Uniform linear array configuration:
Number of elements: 8
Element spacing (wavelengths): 0.75
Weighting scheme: cosine
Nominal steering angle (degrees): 30
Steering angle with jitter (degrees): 29.893
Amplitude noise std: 0.05
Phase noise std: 0.05

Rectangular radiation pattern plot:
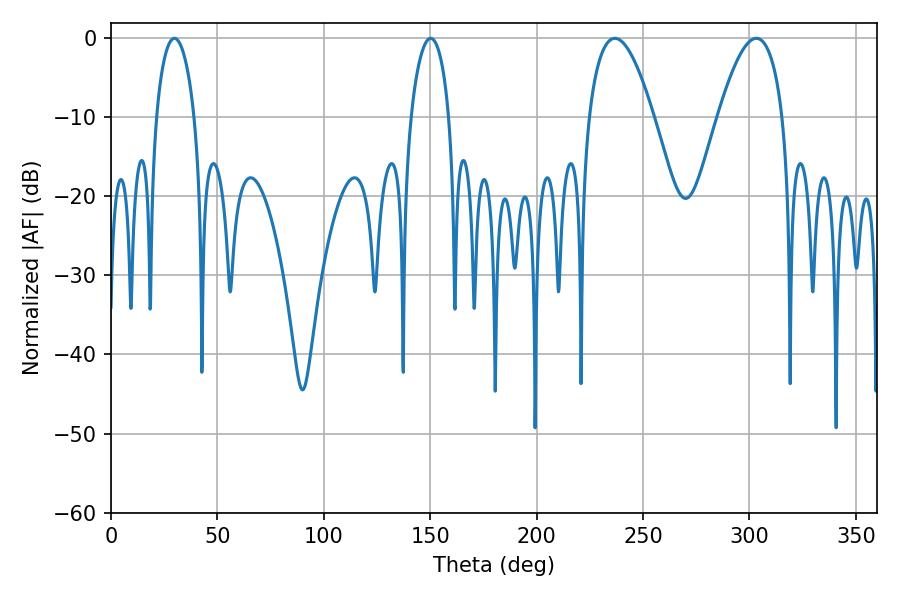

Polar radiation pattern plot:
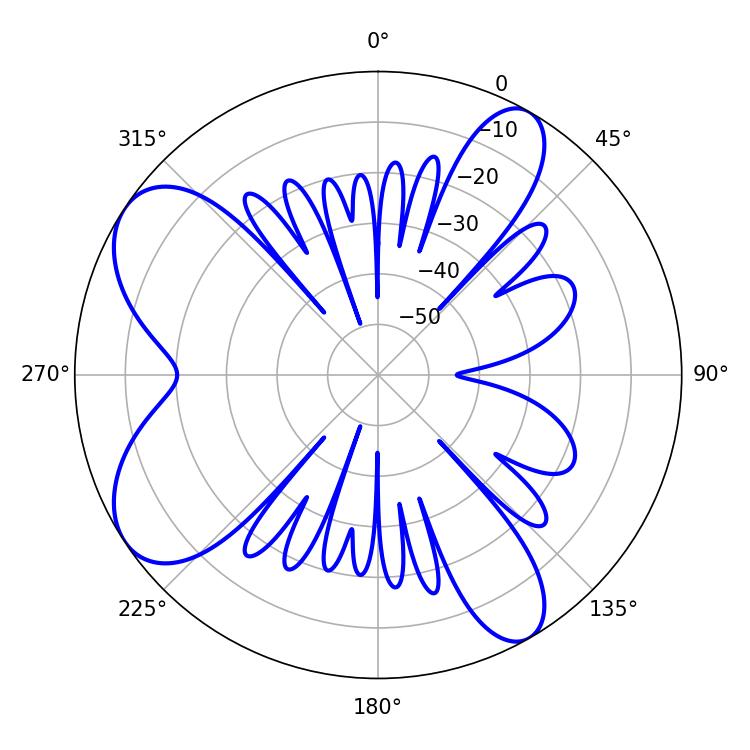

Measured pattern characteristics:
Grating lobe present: TRUE
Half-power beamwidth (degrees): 16.74
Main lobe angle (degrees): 236.7